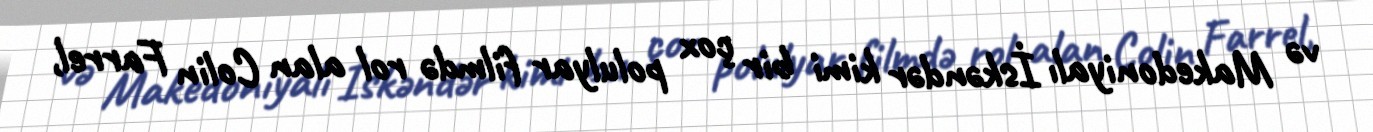
və Makedoniyalı İskəndər kimi bir çox polulyar filmdə rol alan Colin Farrel,